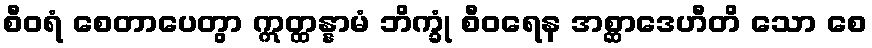
စီဝရံ စေတာပေတွာ ဣတ္ထန္နာမံ ဘိက္ခုံ စီဝရေန အစ္ဆာဒေဟီတိ သော စေ